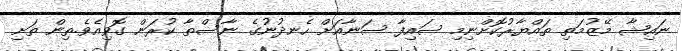
ނައިޝާ މޭޒުމަތި ތައްޔާރުކޮށްނިމި ސައިފާ ސަނާއަށް ހެނދުނުގެ ނާސްތާ ކުރަން ގޮވިއެވެ.ތިން ތަށި